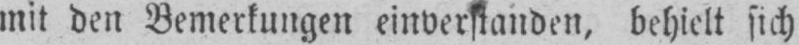
mit den Bemerkungen einverstanden, behielt sich